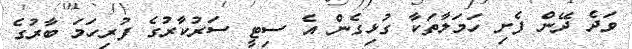
ވަދެ ދޭން ފެށި ހަމަލާތަކާ ގުޅިގެން އެ ސިޓީ ސަރުކާރުގެ ފުރިހަމަ ބާރުގެ